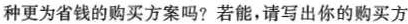
种更为省钱的购买方案吗？若能，请写出你的购买方